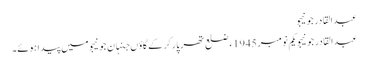
عبدالقادر جونیجو
عبدالقادر جونیجو یکم نومبر 1945ء ضلع تھرپارکر کے گاؤں جنہان جونیجو میں پیدا ہوئے۔